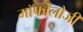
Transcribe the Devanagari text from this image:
मॉर्फोलोजी